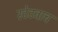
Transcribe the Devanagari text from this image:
स्टेटवाच